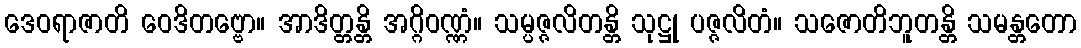
ဒေဝရာဇာတိ ဝေဒိတဗ္ဗော။ အာဒိတ္တန္တိ အဂ္ဂိဝဏ္ဏံ။ သမ္ပဇ္ဇလိတန္တိ သုဋ္ဌု ပဇ္ဇလိတံ။ သဇောတိဘူတန္တိ သမန္တတော